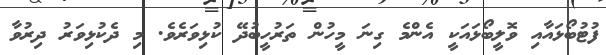
ފުޓުބޯޅައާއި ވޮލީބޯޅައަކީ އެންމެ ގިނަ މީހުން ތަރުހީބުދޭ ކުޅިވަރެވެ. މި ދެކުޅިވަރު ދިރުވާ